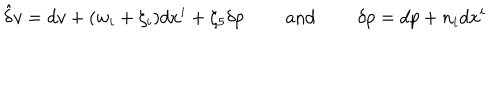
\hat { \delta } v = d v + ( w _ { i } + \zeta _ { i } ) d x ^ { i } + \zeta _ { 5 } \delta p \qquad \mathrm { ~ a n d ~ } \qquad \delta p = d p + n _ { i } d x ^ { i }